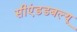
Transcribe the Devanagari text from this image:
सीएंडडबल्यू